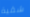
شقية